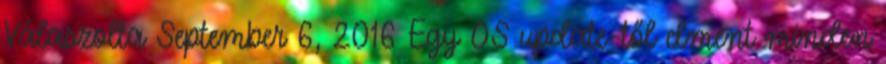
Válaszolta September 6, 2016 Egy OS update-től elment minden